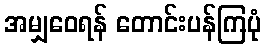
အမျှဝေရန် တောင်းပန်ကြပုံ